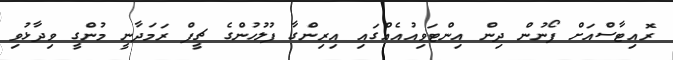
ރޮއިޓާސްއަށް ފޯނުން ދިން އިންޓަވިއުއެއްގައި އިރިންގާ ފުލުހުންގެ ޗީފް ރަމަދާނީ މުންގީ ވިދާޅުވި